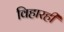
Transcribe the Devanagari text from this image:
विहारही